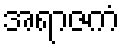
အရာဇကံ